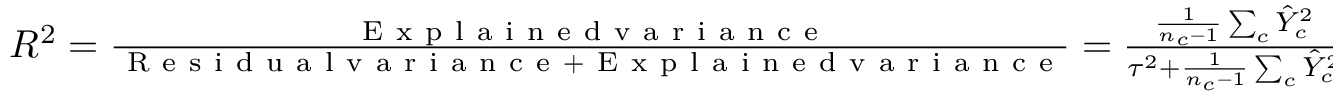
\begin{array} { r } { R ^ { 2 } = \frac { \mathrm { ~ E ~ x ~ p ~ l ~ a ~ i ~ n ~ e ~ d ~ v ~ a ~ r ~ i ~ a ~ n ~ c ~ e ~ } } { \mathrm { ~ R ~ e ~ s ~ i ~ d ~ u ~ a ~ l ~ v ~ a ~ r ~ i ~ a ~ n ~ c ~ e ~ } + \mathrm { ~ E ~ x ~ p ~ l ~ a ~ i ~ n ~ e ~ d ~ v ~ a ~ r ~ i ~ a ~ n ~ c ~ e ~ } } = \frac { \frac { 1 } { n _ { c } - 1 } \sum _ { c } \hat { Y } _ { c } ^ { 2 } } { \tau ^ { 2 } + \frac { 1 } { n _ { c } - 1 } \sum _ { c } \hat { Y } _ { c } ^ { 2 } } , } \end{array}